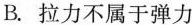
B.拉力不属于弹力